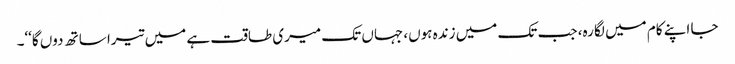
جا اپنے کام میں لگا رہ، جب تک میں زندہ ہوں، جہاں تک میری طاقت ہے میں تیرا ساتھ دوں گا‘‘۔